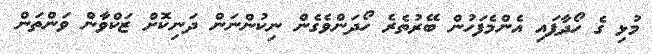
މުޅި ގެ ހޯދާފައި އެންމެފަހުން ބޭރުތެރެ ހޯދަންވެގެން ނިކުންނަން ދަނިކޮށް ޒަކްވާން ވަންތަން